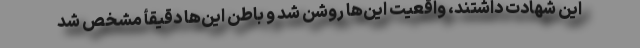
این شهادت داشتند، واقعیت این‌ها روشن شد و باطن این‌ها دقیقأ مشخص شد